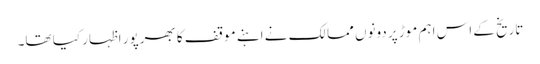
تاریخ کے اس اہم موڑ پر دونوں ممالک نے اہنے موقف کا بھرپور اظہار کیا تھا۔